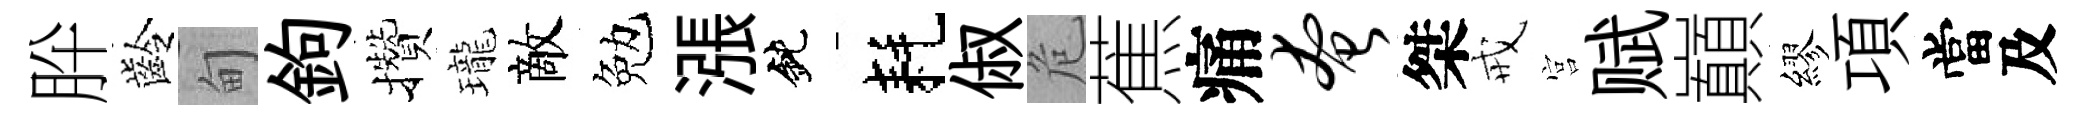
肸齡甸鉤攢瓏敵勉漲鈍耗俶危蕉痛奄桀戒宫赋巔繆項當及